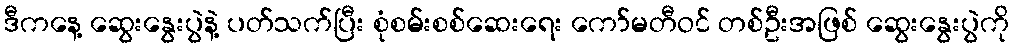
ဒီကနေ့ ဆွေးနွေးပွဲနဲ့ ပတ်သက်ပြီး စုံစမ်းစစ်ဆေးရေး ကော်မတီဝင် တစ်ဦးအဖြစ် ဆွေးနွေးပွဲကို